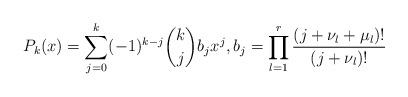
LaTeX: \begin{align*} P_k(x) = \sum_{j=0}^k (-1)^{k-j} \binom{k}{j} b_j x^j, b_j = \prod_{l=1}^r \frac{(j+\nu_l+\mu_l)!}{(j+\nu_l)!} \end{align*}